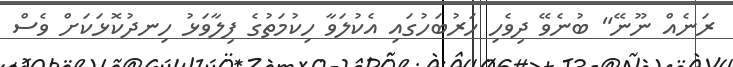
ރަނެއް ނޫނޭ" ބުނެވޭ ދިވެހި ހަރުބަހުގައި އެކުލަވާ ހިކުމަތުގެ ފިލާވަޅު ހިނދުކޮޅަކަށް ވެސް